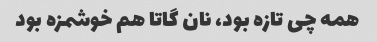
همه چی تازه بود، نان گاتا هم خوشمزه بود